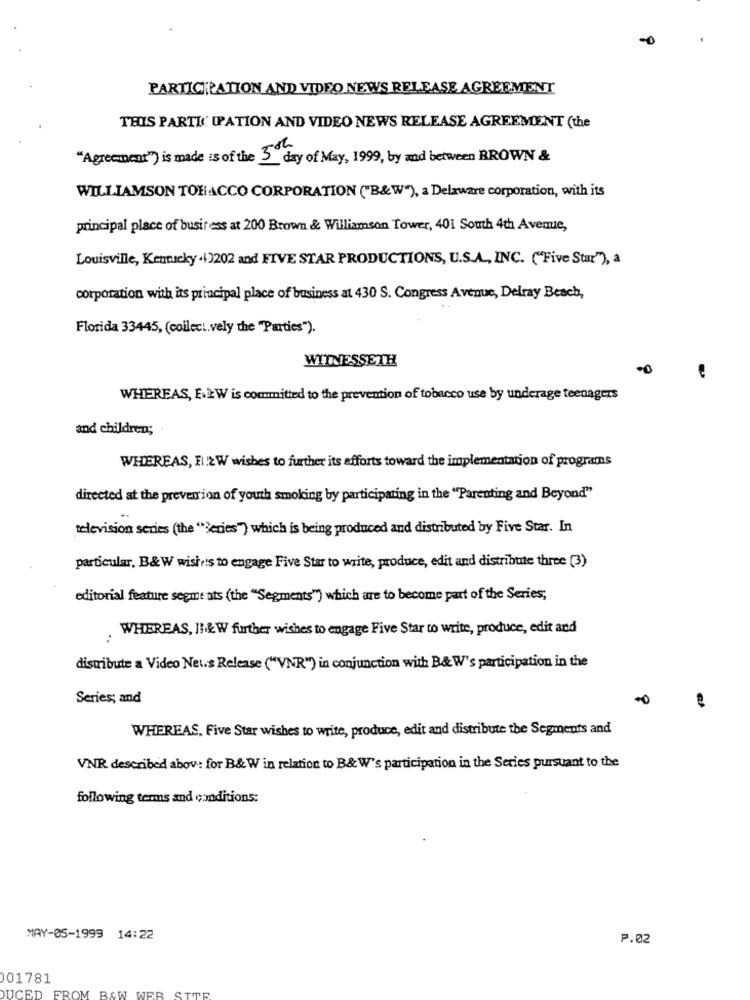
PARTICIPATION AND VIDEO NEWS RELEASE AGREEMENT
THIS PARTIC IPATION AND VIDEO NEWS RELEASE AGREEMENT (the
-8h
"Agreement") is made is of the 3 day of May, 1999, by and between BROWN &
WILLIAMSON TOBACCO CORPORATION ("B&W"), a Delaware corporation, with its
principal place of business at 200 Brown & Williamson Tower, 401 South 4th Avenue,
Louisville, Kentucky .+3202 and FIVE STAR PRODUCTIONS, U.S.A ., INC. ("Five Star""), a
corporation with its principal place of business at 430 S. Congress Avenue, Delray Beach,
Florida 33445, (colleci.vely the "Parties").
WITNESSETH
WHEREAS, E. LW is committed to the prevention of tobacco use by underage teenagers
and children;
WHEREAS, El!2W wishes to further its efforts toward the implementation of programs
directed at the prevention of youth smoking by participating in the "Parenting and Beyond"
television series (the "}eries") which is being produced and distributed by Five Star. In
particular, B&W wishes to engage Five Star to write, produce, edit and distribute three (3)
editorial feature segme ats (the "Segments") which are to become part of the Series,
WHEREAS, Ilik W further wishes to engage Five Star to write, produce, edit and
distribute a Video Net.s Release ("VNR") in conjunction with B&W's participation in the
Series; and
WHEREAS, Five Star wishes to write, produce, edit and distribute the Segments and
VNR described abov: for B& W in relation to B&W's participation in the Series pursuant to the
following terms and conditions:
MAY-05-1999 14:22
P.02
01781
DUCED FROM B&W WER STOR